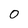
Character: 0